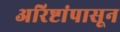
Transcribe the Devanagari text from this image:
अरिष्टांपासून